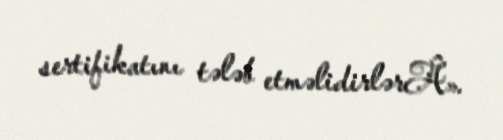
sertifikatını tələb etməlidirlərÂ».